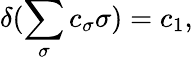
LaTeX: \delta(\sum_{\sigma}c_{\sigma}\sigma)=c_{1},